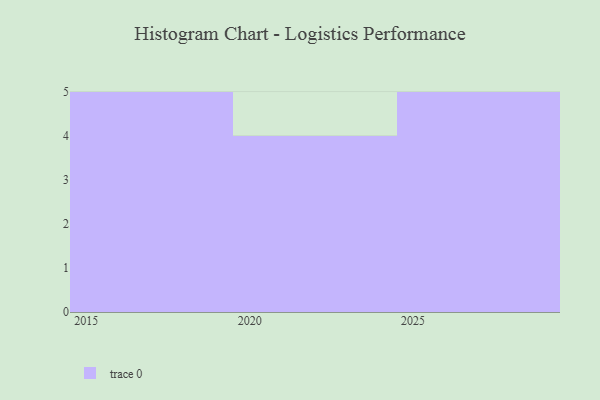
{"axis": {"x": "Year", "y": "Gross Profit (USD K)"}, "legend": [""], "data": [{"x": "2019", "y": 74, "type": ""}, {"x": "2027", "y": 37, "type": ""}, {"x": "2026", "y": 68, "type": ""}, {"x": "2023", "y": 67, "type": ""}, {"x": "2016", "y": 8, "type": ""}, {"x": "2015", "y": 96, "type": ""}, {"x": "2025", "y": 71, "type": ""}, {"x": "2029", "y": 56, "type": ""}, {"x": "2018", "y": 81, "type": ""}, {"x": "2028", "y": 11, "type": ""}, {"x": "2022", "y": 69, "type": ""}, {"x": "2017", "y": 86, "type": ""}, {"x": "2024", "y": 86, "type": ""}, {"x": "2021", "y": 73, "type": ""}]}